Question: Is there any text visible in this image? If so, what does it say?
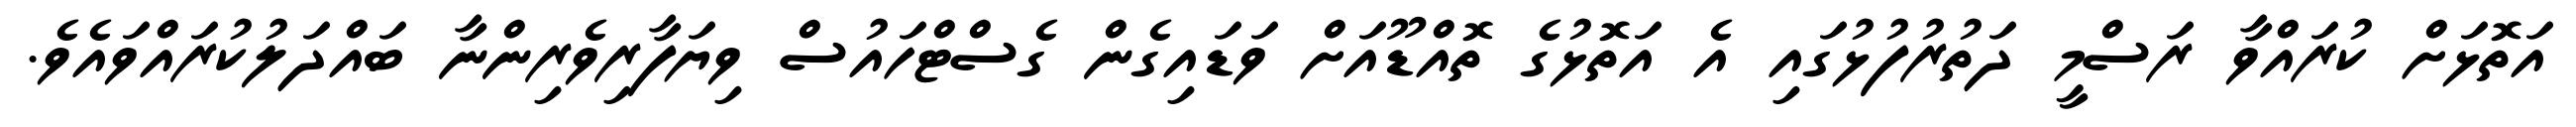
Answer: އަތޮޅަށް ކުރައްވާ ރަސްމީ ދަތުރުފުޅުގައި އެ އަތޮޅުގެ ތޮއްޑޫއަށް ވަޑައިގެން ގެސްޓްހައުސް ވިޔަފާރިވެރިންނާ ބައްދަލުކުރައްވައެވެ.